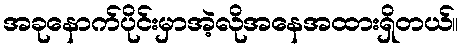
အခုနောက်ပိုင်းမှာအဲ့လိုအနေအထားရှိတယ်။